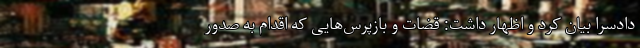
دادسرا بیان کرد و اظهار داشت: قضات و بازپرس‌هایی که اقدام به صدور